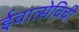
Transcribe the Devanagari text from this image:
ईवात्सेविची